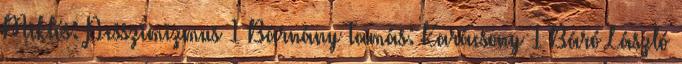
Miklós: Pesszimizmus 1 Bárnány Tamás: Karácsony 1 Báró László